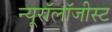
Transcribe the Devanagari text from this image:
न्यूरॉलॉजीस्ट